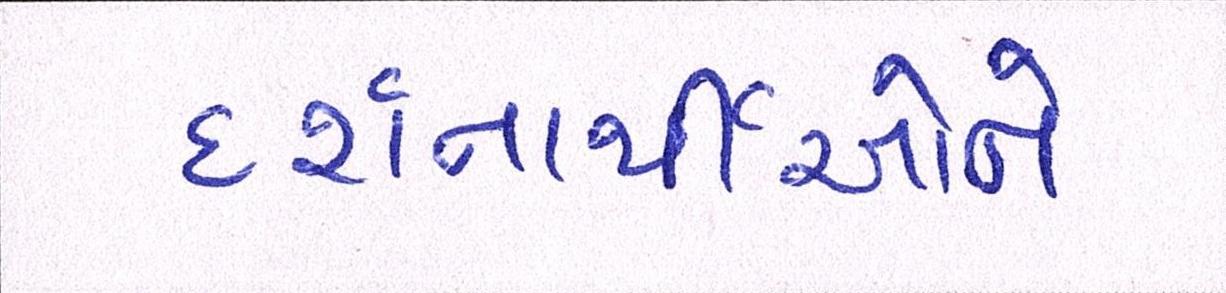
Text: દર્શનાર્થીઓને